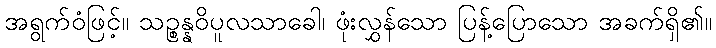
အရွက်ဝံဖြင့်။ သဉ္စန္နဝိပူလသာခေါ၊ ဖုံးလွှန်သော ပြန့်ပြောသော အခက်ရှိ၏။